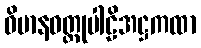
ဝိမာနဝတ္ထုပါဠိအဋ္ဌကထာ